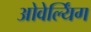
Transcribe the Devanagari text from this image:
ओवेर्ल्यिंग